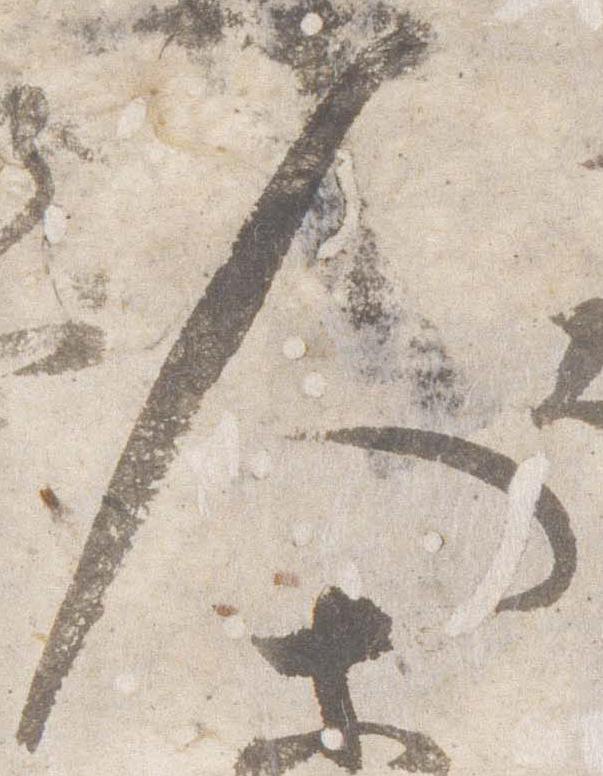
人